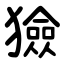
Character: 獫